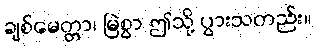
ချစ်မေတ္တာ၊ မြဲစွာ ဤသို့ ပွားသတည်း။